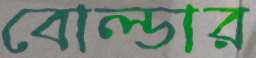
বোল্ডার